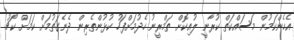
އެހެންކަމުން މަސައްކަތް ކުރާނީ ލުއިކޮށް ތަމްރީނު ހެދުމަށްފަހު ކުޅުންތެރިން ދެނެގަތުމަށް ކަމަށް ކޯޗު